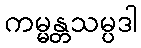
ကမ္မန္တသမ္ပဒါ